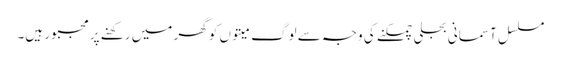
مسلسل آسمانی بجلی چمکنے کی وجہ سے لوگ میتوں کو گھر میں رکھنے پر مجبور ہیں۔